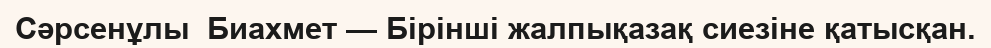
Сәрсенұлы  Биахмет — Бірінші жалпықазақ сиезіне қатысқан.